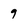
Character: 9